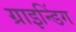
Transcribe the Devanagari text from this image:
ग्राइन्डिंग